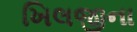
ખિલજીના